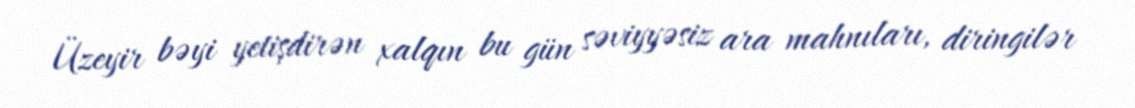
Üzeyir bəyi yetişdirən xalqın bu gün səviyyəsiz ara mahnıları, diringilər